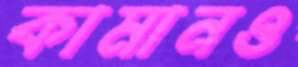
কামানও